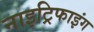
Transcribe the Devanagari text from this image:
नाइट्रिफाइंग